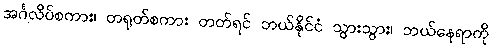
အင်္ဂလိပ်စကား၊ တရုတ်စကား တတ်ရင် ဘယ်နိုင်ငံ သွားသွား၊ ဘယ်နေရာကို